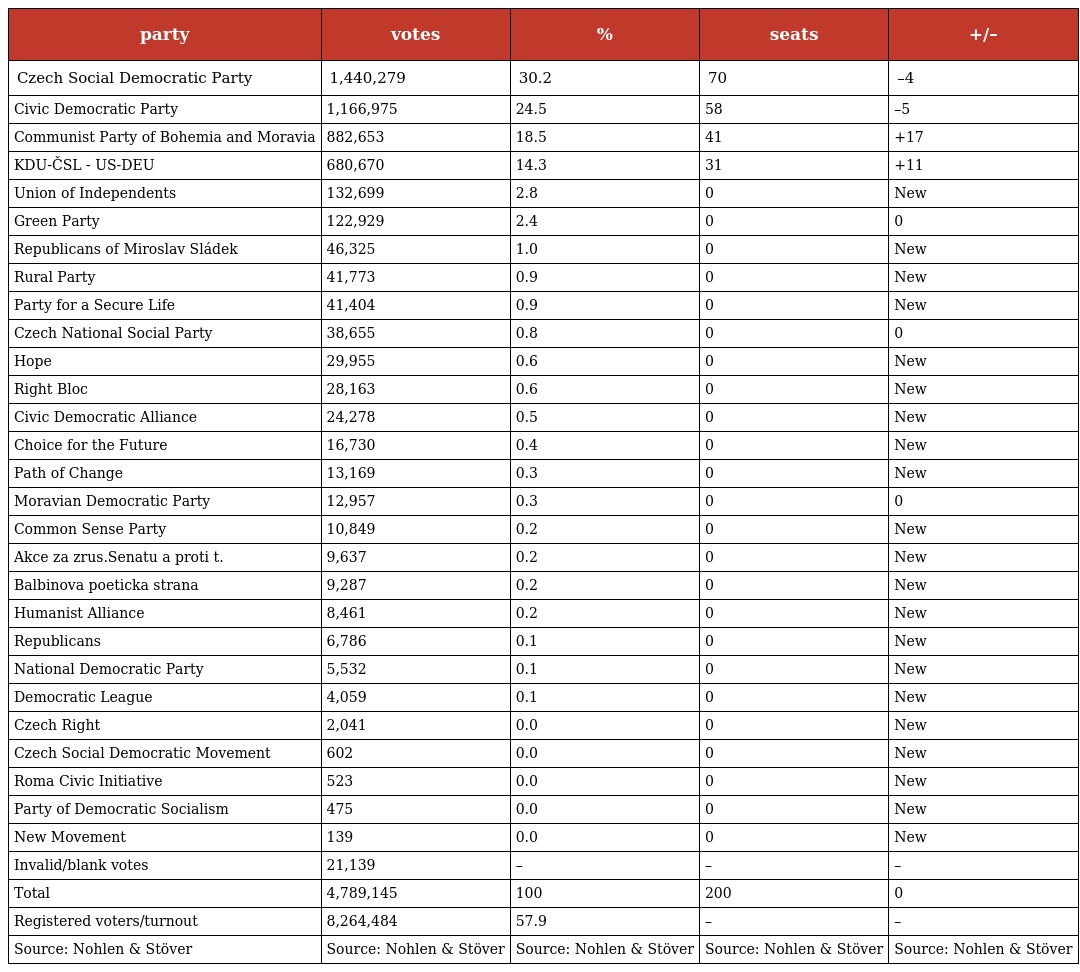
| party | votes | % | seats | +/– |
 | --- | --- | --- | --- | --- |
 | Czech Social Democratic Party | 1,440,279 | 30.2 | 70 | –4 |
 | Civic Democratic Party | 1,166,975 | 24.5 | 58 | –5 |
 | Communist Party of Bohemia and Moravia | 882,653 | 18.5 | 41 | +17 |
 | KDU-ČSL - US-DEU | 680,670 | 14.3 | 31 | +11 |
 | Union of Independents | 132,699 | 2.8 | 0 | New |
 | Green Party | 122,929 | 2.4 | 0 | 0 |
 | Republicans of Miroslav Sládek | 46,325 | 1.0 | 0 | New |
 | Rural Party | 41,773 | 0.9 | 0 | New |
 | Party for a Secure Life | 41,404 | 0.9 | 0 | New |
 | Czech National Social Party | 38,655 | 0.8 | 0 | 0 |
 | Hope | 29,955 | 0.6 | 0 | New |
 | Right Bloc | 28,163 | 0.6 | 0 | New |
 | Civic Democratic Alliance | 24,278 | 0.5 | 0 | New |
 | Choice for the Future | 16,730 | 0.4 | 0 | New |
 | Path of Change | 13,169 | 0.3 | 0 | New |
 | Moravian Democratic Party | 12,957 | 0.3 | 0 | 0 |
 | Common Sense Party | 10,849 | 0.2 | 0 | New |
 | Akce za zrus.Senatu a proti t. | 9,637 | 0.2 | 0 | New |
 | Balbinova poeticka strana | 9,287 | 0.2 | 0 | New |
 | Humanist Alliance | 8,461 | 0.2 | 0 | New |
 | Republicans | 6,786 | 0.1 | 0 | New |
 | National Democratic Party | 5,532 | 0.1 | 0 | New |
 | Democratic League | 4,059 | 0.1 | 0 | New |
 | Czech Right | 2,041 | 0.0 | 0 | New |
 | Czech Social Democratic Movement | 602 | 0.0 | 0 | New |
 | Roma Civic Initiative | 523 | 0.0 | 0 | New |
 | Party of Democratic Socialism | 475 | 0.0 | 0 | New |
 | New Movement | 139 | 0.0 | 0 | New |
 | Invalid/blank votes | 21,139 | – | – | – |
 | Total | 4,789,145 | 100 | 200 | 0 |
 | Registered voters/turnout | 8,264,484 | 57.9 | – | – |
 | Source: Nohlen & Stöver | Source: Nohlen & Stöver | Source: Nohlen & Stöver | Source: Nohlen & Stöver | Source: Nohlen & Stöver |